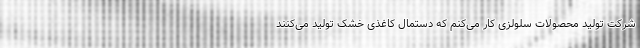
شرکت تولید محصولات سلولزی کار می‌کنم که دستمال کاغذی خشک تولید می‌کنند